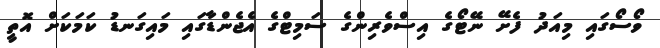
ވޯސޯގައި މިއަދު ފެށޭ ނޭޓޯގެ އިސްވެރިންގެ ސަމިޓްގެ އެޖެންޑާގައި މައިގަނޑު ކަމަކަށް އޮތީ